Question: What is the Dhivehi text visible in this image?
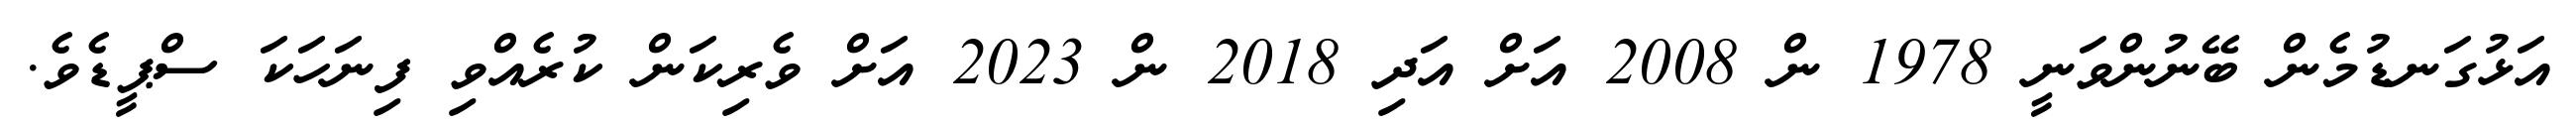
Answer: އަޅުގަނޑުމެން ބޭނުންވަނީ 1978 ން 2008 އަށް އަދި 2018 ން 2023 އަށް ވެރިކަން ކުރެއްވި ފިނަހަކަ ސްޕީޑެވެ.